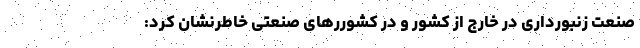
صنعت زنبورداری در خارج از کشور و در کشوررهای صنعتی خاطرنشان کرد: